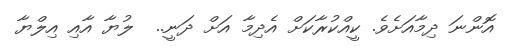
އޮންނަ ދިމާއަށެވެ. ކީއްކުރާކަށް އެދިމާ އަށް ދަނީ..  ލުޔާ އާއި އިލްޔާ